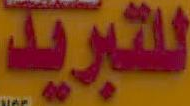
للتبريد